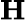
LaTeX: \textbf{H}